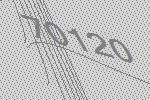
70120